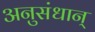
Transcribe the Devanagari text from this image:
अनुसंधान्